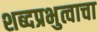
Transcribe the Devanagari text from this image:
शब्दप्रभुत्वाचा